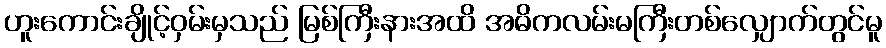
ဟူးကောင်းချိုင့်ဝှမ်းမှသည် မြစ်ကြီးနားအထိ အဓိကလမ်းမကြီးတစ်လျှောက်တွင်မူ